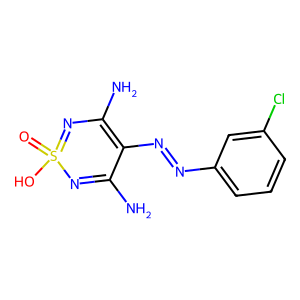
SMILES: NC1=NS(=O)(O)=NC(N)=C1N=Nc1cccc(Cl)c1
Inhibits HIV replication: No